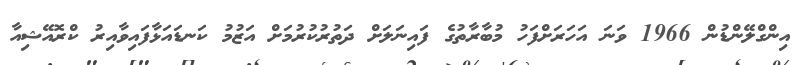
އިންގްލޭންޑުން 1966 ވަނަ އަހަރަށްފަހު މުބާރާތުގެ ފައިނަލަށް ދަތުރުކުރުމަށް އަޒުމު ކަނޑައަޅާފައިވާއިރު ކްރޮއޭޝިއާ